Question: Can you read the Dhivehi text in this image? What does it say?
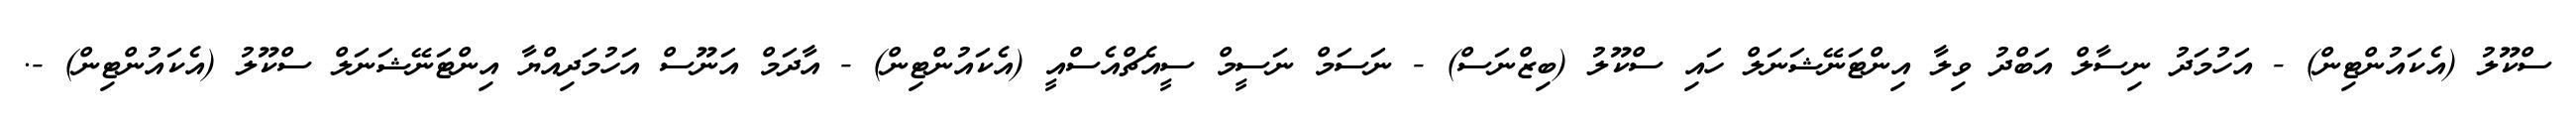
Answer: ސްކޫލު (އެކައުންޓިން) - އަހުމަދު ނިސާލް އަބްދު ވިލާ އިންޓަނޭޝަނަލް ހައި ސްކޫލު (ބިޒްނަސް) - ނަސަމް ނަސީމް ސީއެޗްއެސްއީ (އެކައުންޓިން) - އާދަމް އަނޫސް އަހުމަދިއްޔާ އިންޓަނޭޝަނަލް ސްކޫލު (އެކައުންޓިން) -.